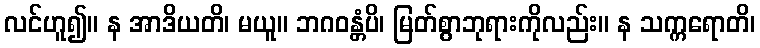
လင်ဟူ၍။ န အာဒိယတိ၊ မယူ။ ဘဂဝန္တံပိ၊ မြတ်စွာဘုရားကိုလည်း။ န သက္ကရောတိ၊